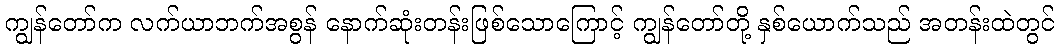
ကျွန်တော်က လက်ယာဘက်အစွန် နောက်ဆုံးတန်းဖြစ်သောကြောင့် ကျွန်တော်တို့ နှစ်ယောက်သည် အတန်းထဲတွင်